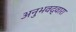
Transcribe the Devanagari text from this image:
अनुभवद्वारा